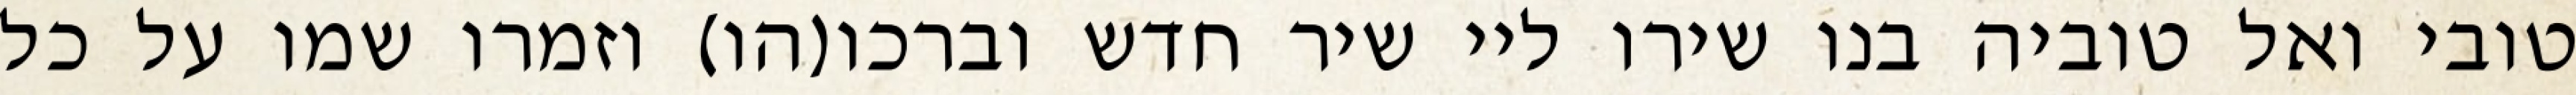
טובי ואל טוביה בנו שירו ליי שיר חדש וברכו(הו) וזמרו שמו על כל